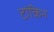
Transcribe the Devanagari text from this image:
टांकिन